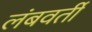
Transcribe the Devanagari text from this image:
लंबवर्ती